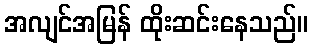
အလျင်အမြန် ထိုးဆင်းနေသည်။